Leaving Certificate, 1900
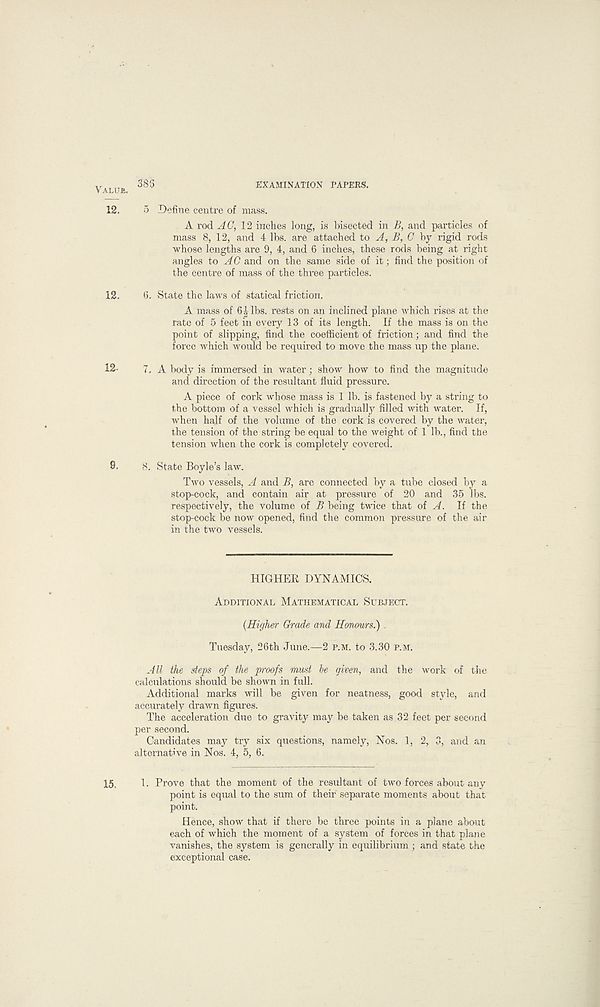
383
EXAMINATION PAPERS.
5 Define centre of mass.
A rod AC, 12 inches long, is bisected in B, and particles of
mass 8, 12, and 4 lbs. are attached to A, B, C by rigid rods
whose lengths are 9, 4, and 6 inches, these rods being at right
angles to AC and on the same side of it; find the position of
the centre of mass of the three particles.
6. State the laws of statical friction.
A mass of 6| lbs. rests on an inclined plane which rises at the
rate of 5 feet in every 13 of its length. If the mass is on the
point of slipping, find the coefficient of friction; and find the
force which would be required to move the mass up the plane.
7. A body is immersed in water; show how to find the magnitude
and direction of the resultant fluid pressure.
A piece of cork whose mass is 1 lb. is fastened by a string to
the bottom of a vessel which is gradually filled with water. If,
when half of the volume of the cork is covered by the water,
the tension of the string be equal to the weight of 1 lb., find the
tension when the cork is completely covered.
8. State Boyle’s law.
Two vessels, A and B, are connected by a tube closed by a
stop-cock, and contain air at pressure of 20 and 35 lbs.
respectively, the volume of B being twice that oi A. If the
stop-cock be now opened, find the common pressure of the air
in the two vessels.
HIGHER DYNAMICS.
Additional Mathematical Subject.
(Higher Grade and Honours.) .
Tuesday, 26th June.—2 p.m. to 3.30 p.m.
All the steps of the proofs must be given, and the work of the
calculations should be shown in full.
Additional marks will be given for neatness, good style, and
accurately drawn figures.
The acceleration due to gravity may be taken as 32 feet per second
per second.
Candidates may try six questions, namely, Nos. 1, 2, 3, and an
alternative in Nos. 4, 5, 6.
1. Prove that the moment of the resultant of two forces about any
point is equal to the sum of their separate moments about that
point.
Hence, show that if there be three points in a plane about
each of which the moment of a system of forces in that plane
vanishes, the system is generally in equilibrium ; and state the
exceptional case.